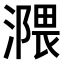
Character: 𣽻